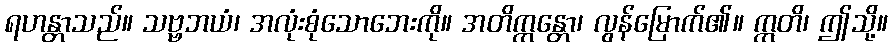
ရဟန္တာသည်။ သဗ္ဗဘယံ၊ အလုံးစုံသောဘေးကို။ အတိက္ကန္တော၊ လွန်မြောက်၏။ ဣတိ၊ ဤသို့။